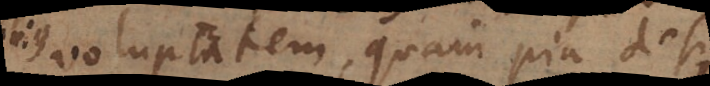
voluptatem, quam pia desideria